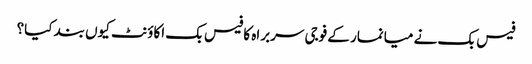
فیس بک نے میانمار کے فوجی سربراہ کا فیس بک اکاؤنٹ کیوں بند کیا؟